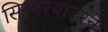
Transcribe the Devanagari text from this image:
सिल्बरबाउरने